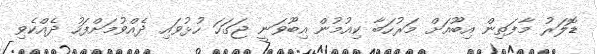
ޑޮލަރު މާފަތިން އިބޫއަށް މަރުހަބާ ކިއުމުން އިބޫވަނީ ޖަގަހަ ހުޅުވައި ދެއްވުމަށްފަހު ދެއްކެވި